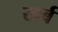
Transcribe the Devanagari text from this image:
खर्ब